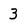
Character: 3